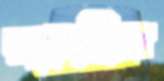
পাড়ছিলে